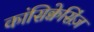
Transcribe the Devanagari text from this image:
कांसिक्वेसिंज़